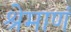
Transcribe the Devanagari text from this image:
श्रेमाणं